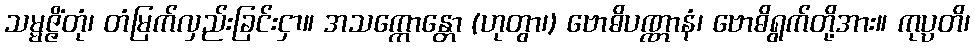
သမ္မဇ္ဇိံတုံ၊ တံမြက်လှည်းခြင်းငှာ။ အသက္ကောန္တော (ဟုတွာ၊) ဗောဓိပဏ္ဏာနံ၊ ဗောဓိရွက်တို့အား။ ကုပ္ပတိ၊